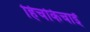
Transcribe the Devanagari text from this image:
हिचकिचाईं